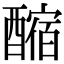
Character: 𨢲